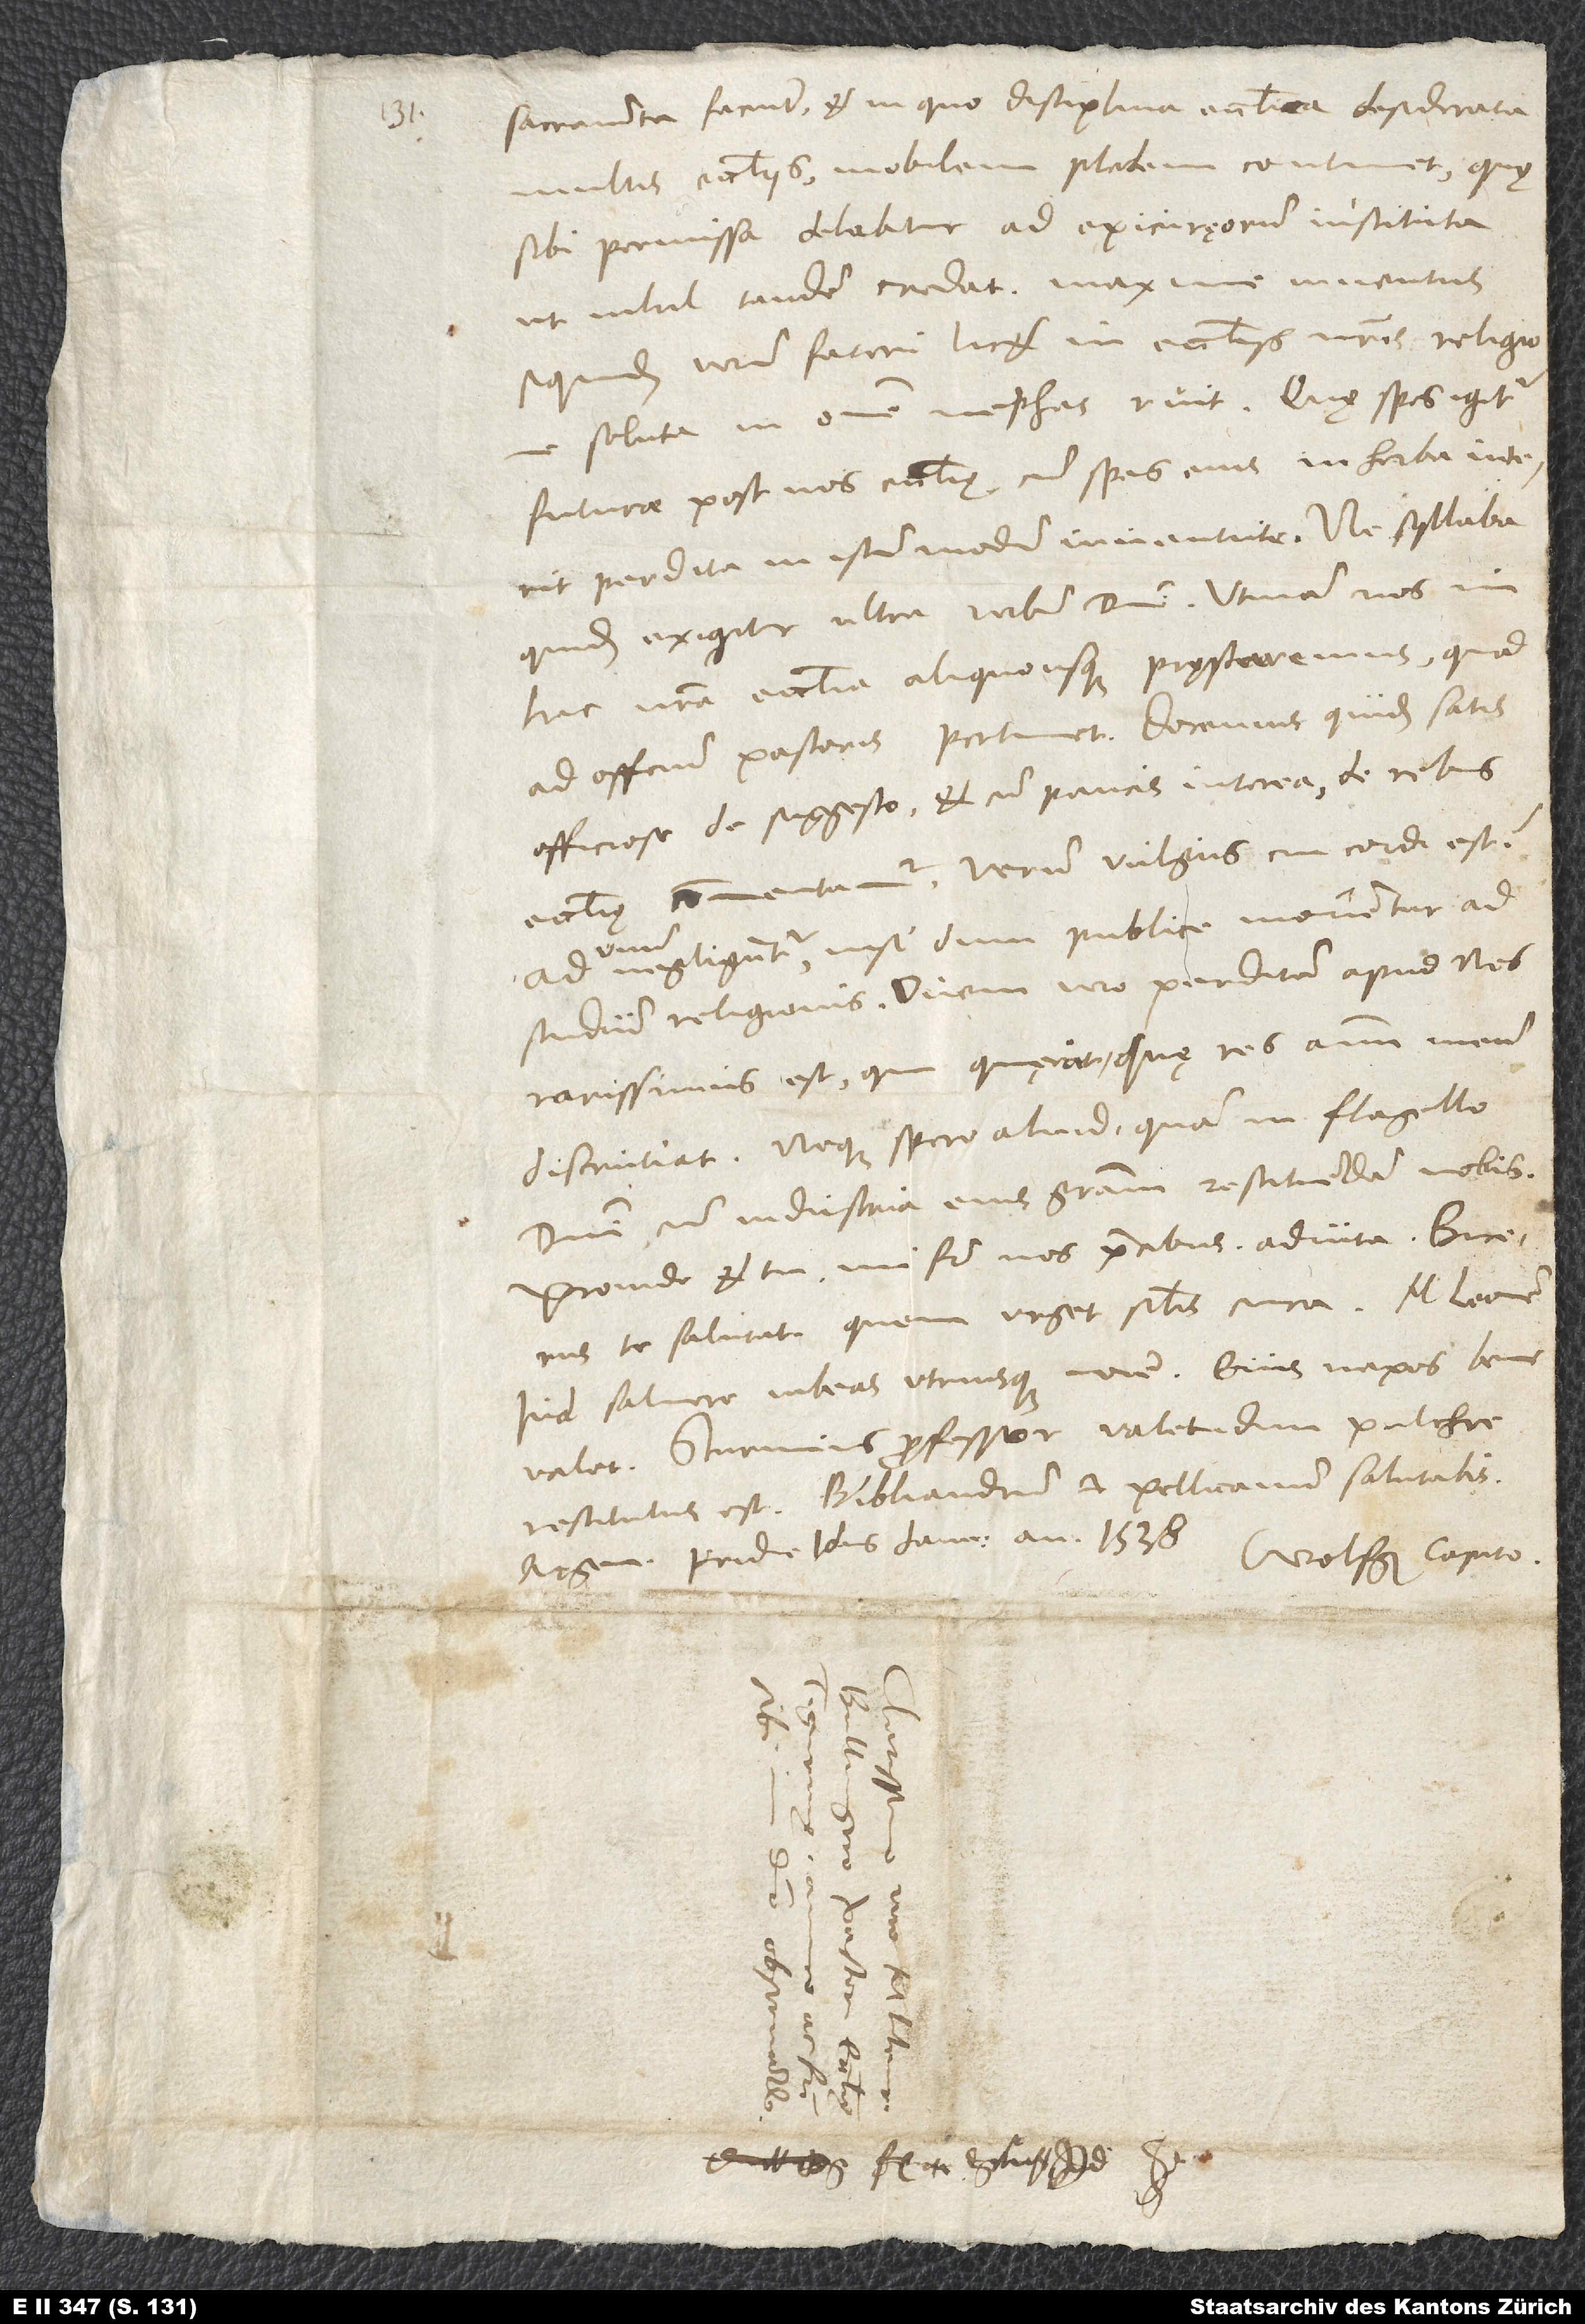
sacramenta faciunt et in quo disciplina ecclesiastica desiderata
multis ecclesiis mobilem plebem continet, quę
sibi permissa delabitur ad Epicuręorum instituta,
ut nihil tandem credat. Maxime iuventus,
siquidem verum fateri licet, in ecclesiis nostris religione
soluta in omne nephas ruit. Quę spes igitur
futurae post nos ecclesię, cum spes eius in herba interit
perdita in istum modum iuventute? Ne syllaba
quidem exigitur ultra verbum domini. Utinam nos in
hac nostra ecclesia aliquousque pręstaremus, quod
ad officium pastoris pertinet! Docemus quidem satis
officiose de suggesto et cum paucis interea de rebus
ecclesię commentamur. Verum vulgus cui cordi est?
negliguntur, nisi dum publice monentur ad
quo
studium religionis. Ovem vero perditam apud nos
rarissimus est qui quęrat, quę res animum meum
discrutiat. Neque spero aliud quam in flagello
domini cum industria eius gratiam restituendam nobis.
Proinde et tu, mi frater, nos precibus adiuta. Bucerus
te salutat, quem urget similis cura. M. Leonem
Iud salvere iubeas utriusque nomine. Eius nepos bene
valet. Sturmius professor valetudini pulchre
restitutus est. Bibliandrum et Pellicanum salutabis.
Argen, pridie idus ianuarii anno 1538. Wolfg. Capito.
S.